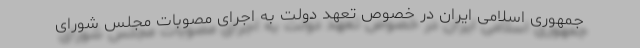
جمهوری اسلامی ایران در خصوص تعهد دولت به اجرای مصوبات مجلس شورای